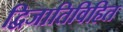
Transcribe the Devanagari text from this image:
द्विजातिविहित